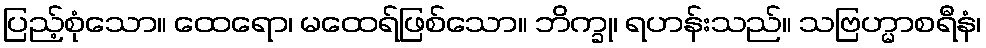
ပြည့်စုံသော။ ထေရော၊ မထေရ်ဖြစ်သော။ ဘိက္ခု၊ ရဟန်းသည်။ သဗြဟ္မာစရီနံ၊